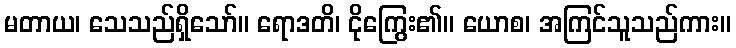
မတာယ၊ သေသည်ရှိသော်။ ရောဒတိ၊ ငိုကြွေး၏။ ယောစ၊ အကြင်သူသည်ကား။